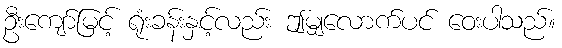
ဦးကျော်မြင့် ရုံးခန်းနှင့်လည်း ဤမျှလောက်ပင် ဝေးပါသည်။